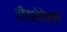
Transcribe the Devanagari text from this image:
दीडशेपेक्षा